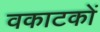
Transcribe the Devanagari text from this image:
वकाटकों